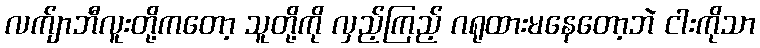
လက်ျာဘီလူးတို့ကတော့ သူတို့ကို လှည့်ကြည့် ဂရုထားမနေတော့ဘဲ ငါးကိုသာ